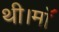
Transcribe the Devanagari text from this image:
थी।माॅ